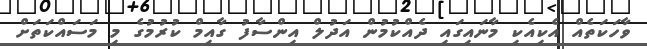
ވާހަކަތެއް އެކިއެކި މާނައިގައި ދެއްކުމުން އަދުލް އިންސާފު ގާއިމް ކުރުމުގެ މި މަސައްކަތަށް